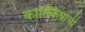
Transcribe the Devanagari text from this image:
कार्तिकेयाची